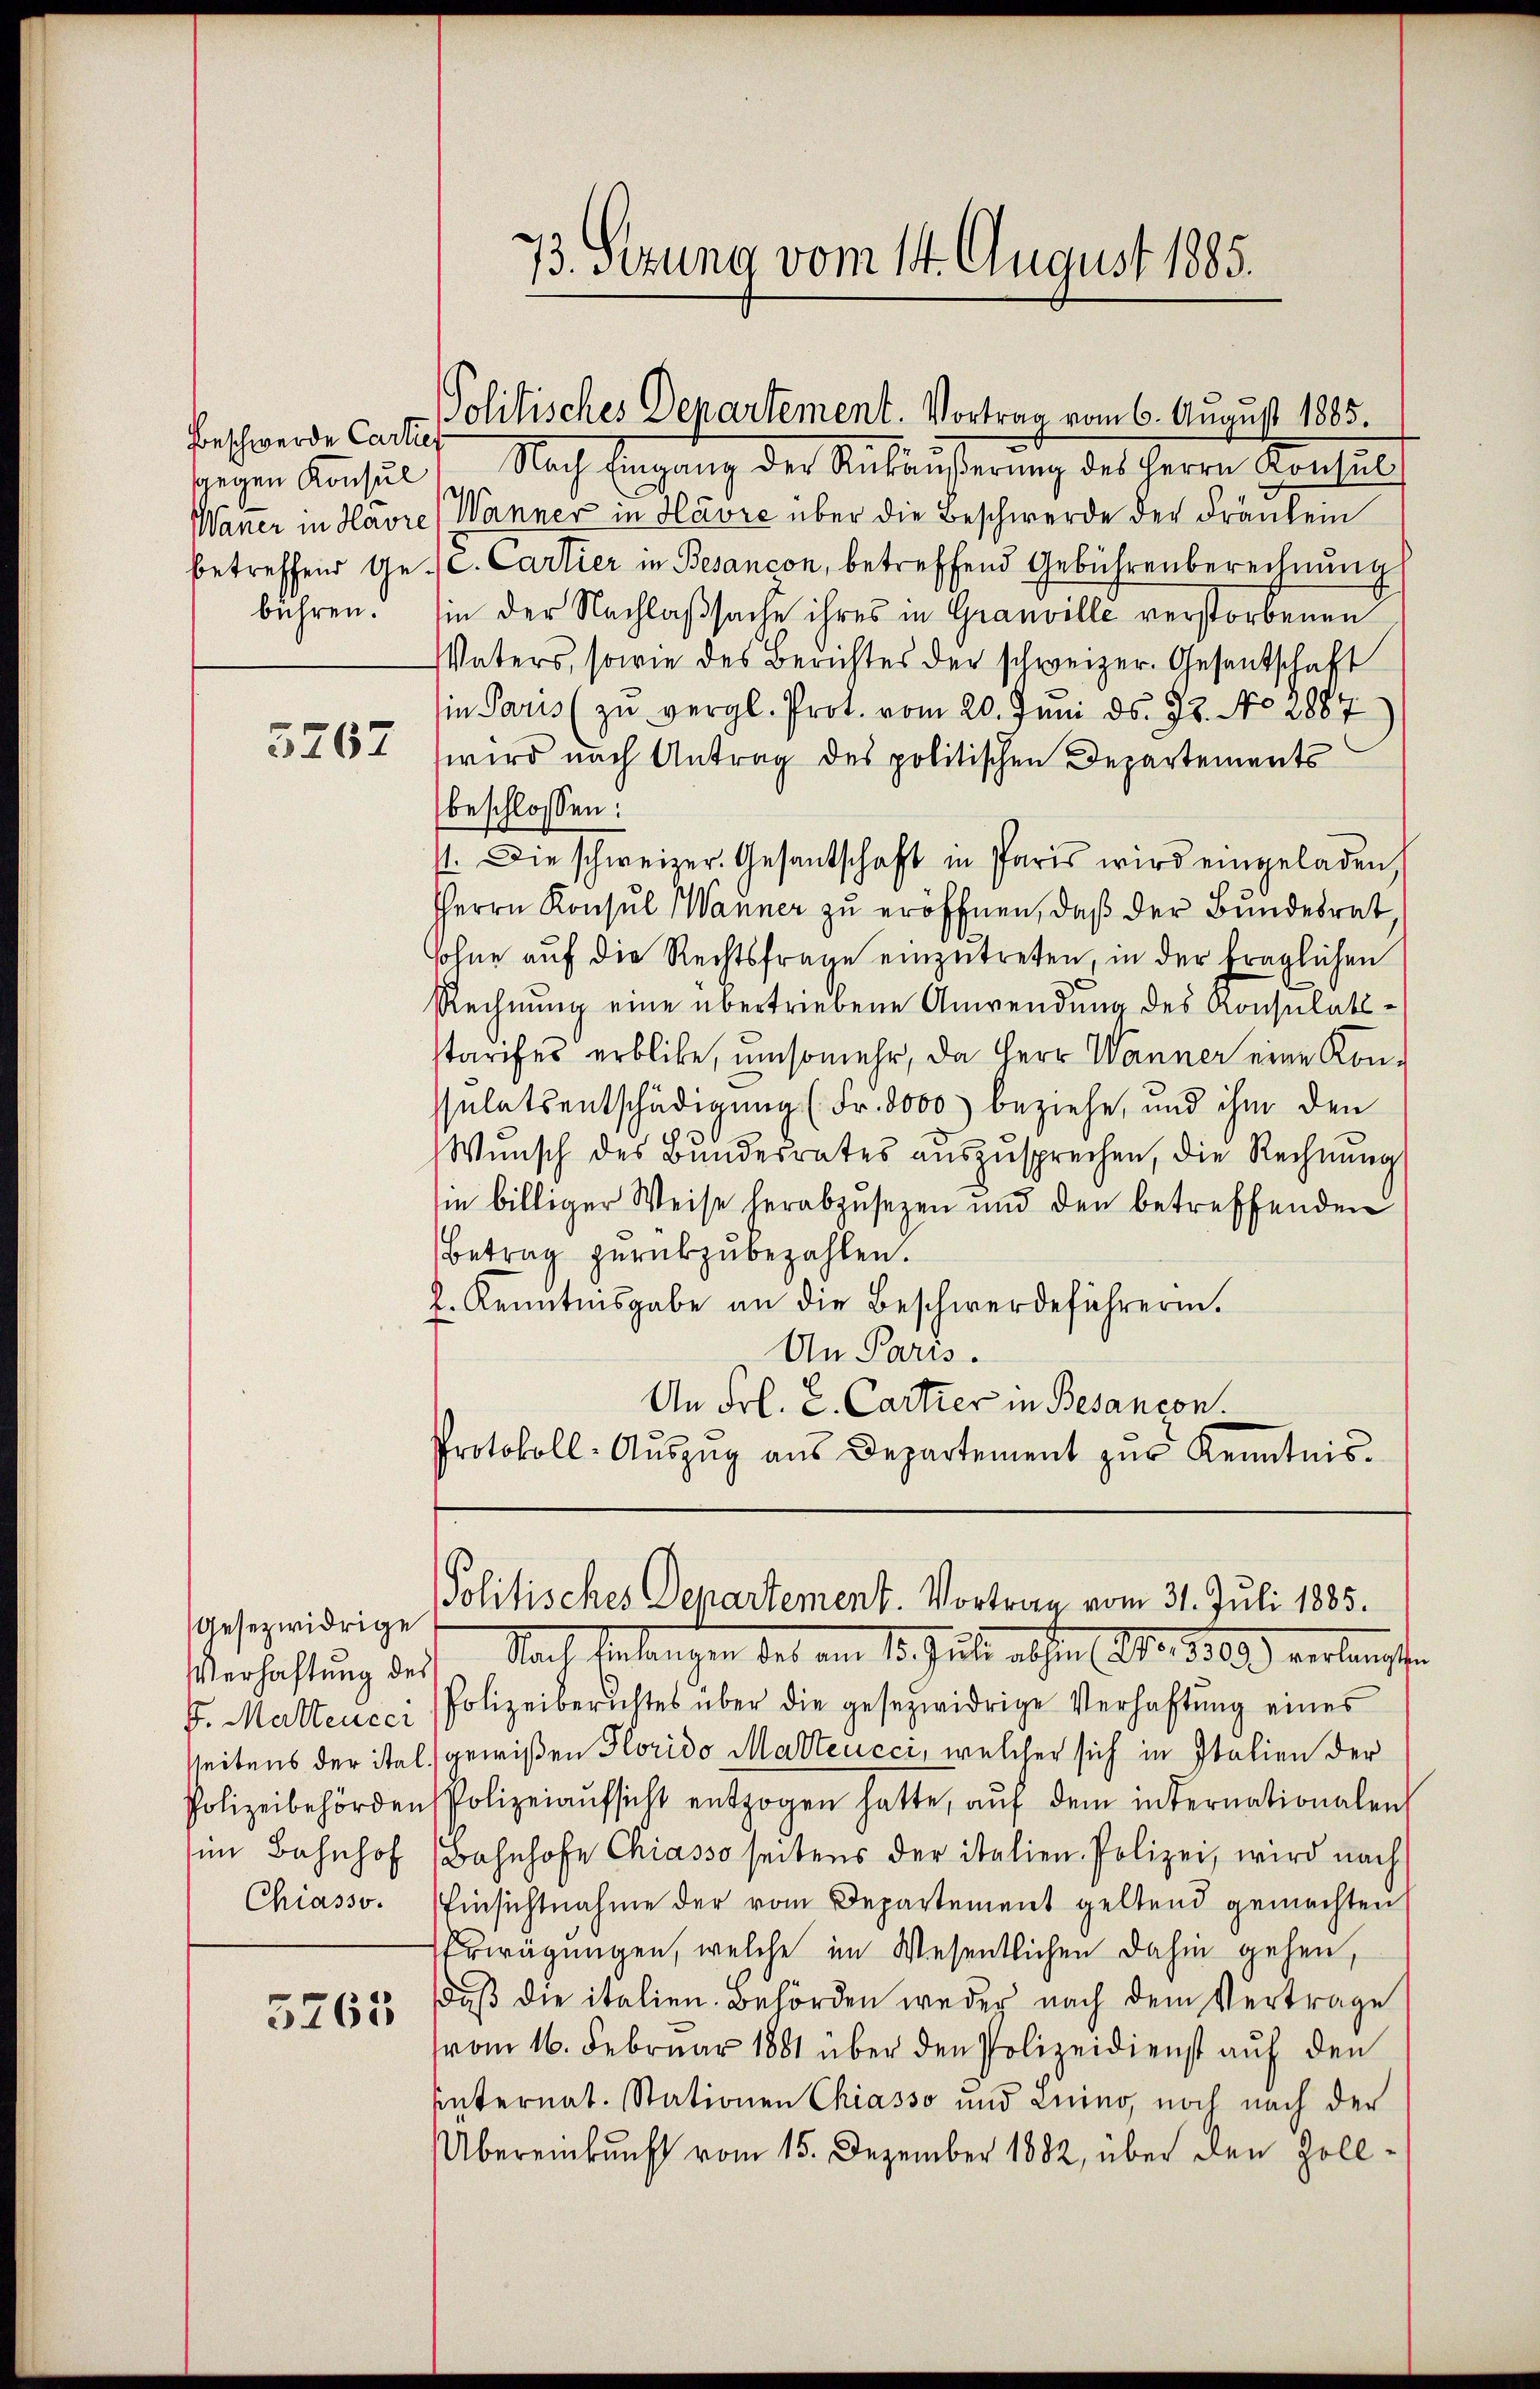
Beschwerde Cartief
sgegen Konsul
bühren.

5267

Gesezwidrige
Verhaftung des
im Bahnhof
Chiasso.

5265

Nach Eingang der Ankäußerung des Herrn Consuls
Waner in Havre (Wanner in Havre über die Beschwerde der Fränkein
betreffend Ge- C. Cartier in Besançon, betreffend Gebührenberechnung
in der Nachlaßsache ihres in Granville verstorbenen
Vaters, sowie des Berichtes der schweizer. Gesantschaft
in Paris (zu vergl. Prot. vom 20. Juni d. 28. No. 2887
wird nach Antrag des politischen Departements
beschlossen:
f. Die schweizer. Gesantschaft in Paris wird eingeladen,
Herrn Konsul Wanner zu eröffnen, daß der Bundesrat,
.
sohne auf die Rechtsfrage einzutreten, in der fraglichen
Rechnung eine übertriebene Anwendung des Konsulatsstarifes erblicke, umsomehr, da Herr Wanner eine Kon-
ssulatsentschädigung (Fr. 8000 beziehe, und ihm den
Wŭnsch des Bŭndesrates aŭszŭsprechen, die Rechnŭng
sie billiger Weise herabzusezen und den betreffenden
Betrag zurükzubezahlen.
l. Kenntnisgabe an die Beschwerdeführerin.
An Paris.
An Frl. L. Cartier in Besancon.
Protokoll- Aŭszŭg aŭs Departement zŭr Kenntnis.

Politisches Departement. Vortrag vom 6. August 1885.

73. sezung vom 14. August 1885.

Politisches Departement. Vortrag vom 31. Juli 1885.

Nach Anlangen des am 15. Juli alten (Art. 1269) verlangten
F. Matteucci Polizeiberichtes über die gesezwidrige Verhaftung eines
sseitens der ital gewißen Florido Matteucci, welcher sich in Italien der
Polizeibehörden Polizeiaŭfsicht entzogen hatte, aŭf dem internationalen
Bahnhofe Chiasso seitens der italien- Polizei, wird nach
Einsichtnahme der vom Departement geltend gemachten
Erwägungen, welche im Wesentlichen dahin gehen,
daß die italien. Behörden weder nach dem Vertrage
vom 16. Februar 1881 über den Polizeidienst aŭf den
hinternat. Stationen Chiasso und Luino, noch nach der
Übereinkunft vom 15. Dezember 1882, über den Zoll¬